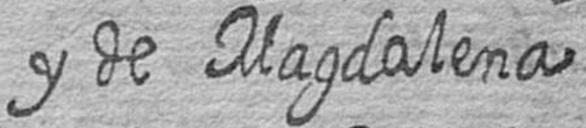
y de Magdalena